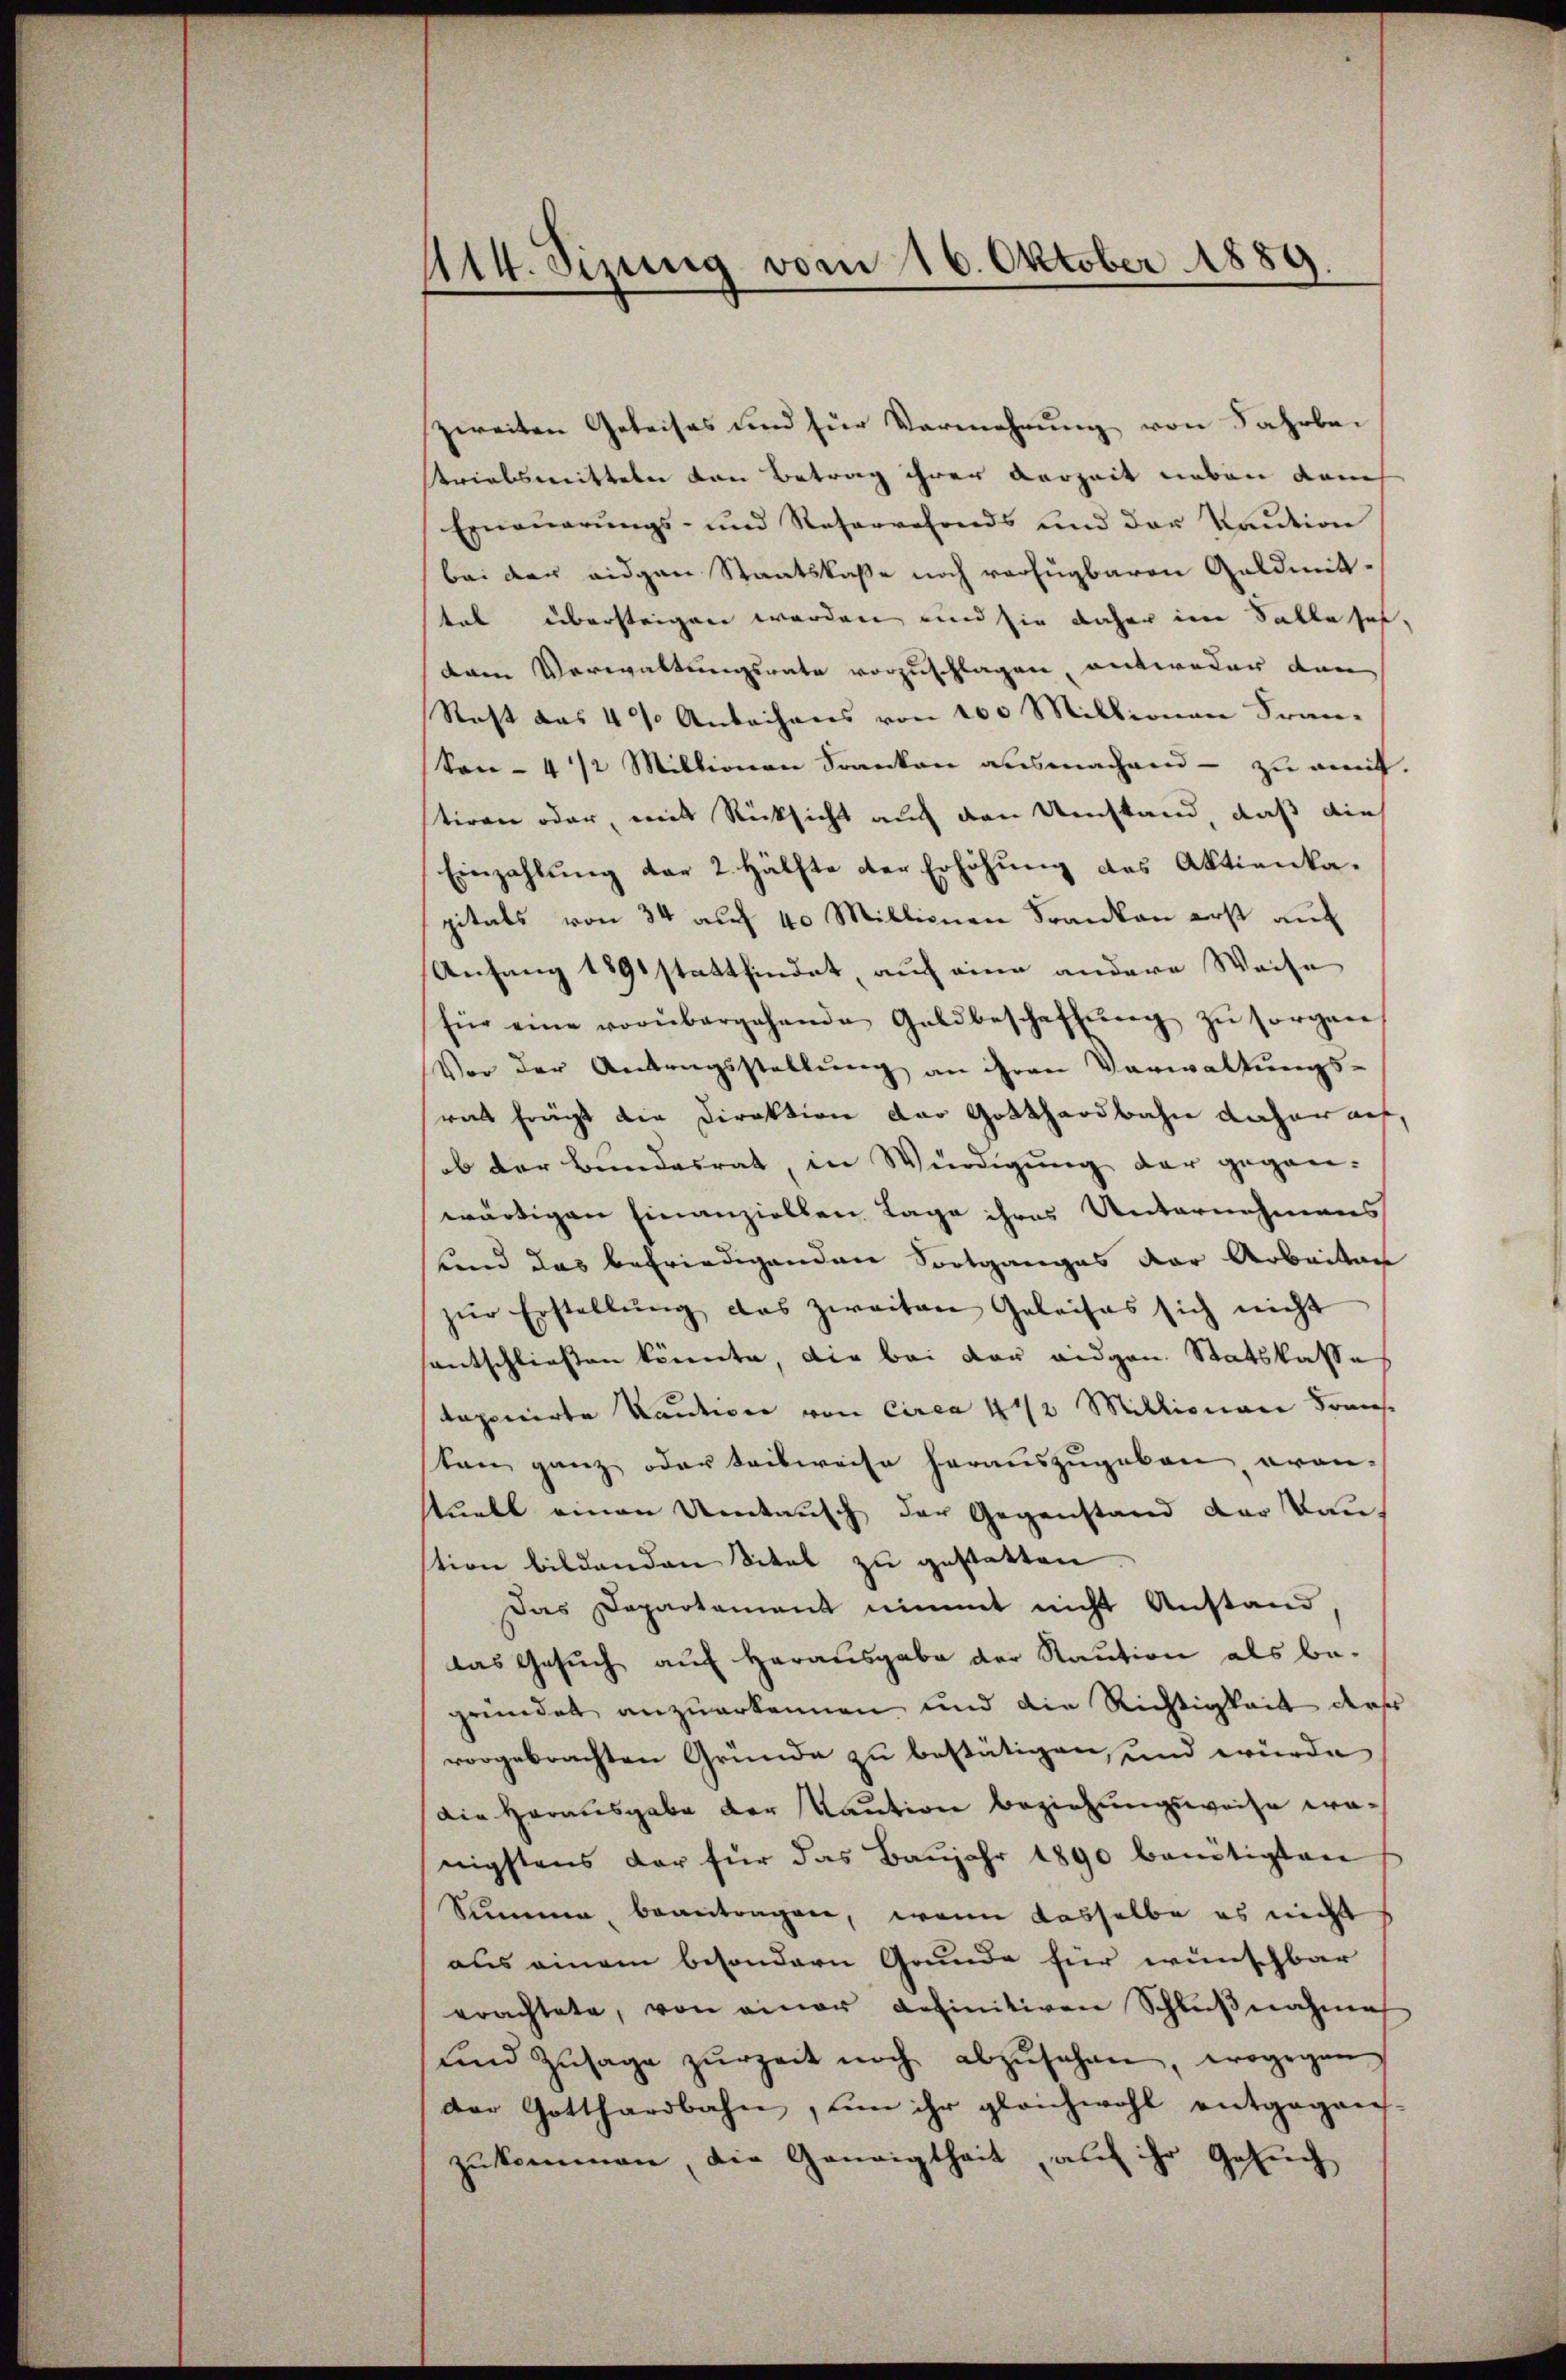
414. Sizung vom 16. Oktober 1889

zweiten Geleises und für Vermehrung von Jahrbar
triebsmitteln den Betrag ihrer Verzeit neben damit
Erneuerungs- und Reservefonds und der Kaution
bei der eidgen Staatskasse noch verfügbaren Geldmitttal übersteigen werden und sie daher im Falle sei,
Aam Verwaltungsrate vorzuschlagen, antweder den
Rast das 4% Anbachens von 100 Millionen Fran-
Son- 4 1/2 Millionen Franken ausmachend - zu amit.
stiren oder, mit Rücksicht auch den Umstand, daß die
Einzahlung der 2. Hälfte der Erhöhung des Aktienkapitals von 34 auf 40 Millionen Franken erst auf
Anfang 1891 stattfindet, auf eine andere Weise
für eine vorübergehende Geldbeschaffŭng zŭ sorgen
Vor der Antragsstellŭng an ihren Verwaltŭngs-
res frägt die Direktion der Gotthardbahn daher auf,
ob der Bundesrat, in Würdigung der gegen-
wärtigen Einanziellen Lage ihres Unternehmens
unnd das befriedigenden Fortganges der Arbeiten
zŭr Erstellŭng das zweiten Geleises sich nicht
santschließen könnte, die bei der eidgen. Statskasse
taponirte Kaution von Circa 4 1/2 Millionare Frau
sten ganz oder teilweise herauszugeben, avan-
stunkt einen Umtausch der Gegenstand der Bau-
stion bildenden Titel zu gestatten
Das Departement nimmt nicht Anstand
das Gesŭch aŭf herausgabe der Kaution als be-
gründet anzuerkennen und die Richtigkeit dieses
vorgebrachten Gründe zu bestätigen, und würde
Die Herausgabe der Kaution beziehungsweise wenigstens der für das Baŭjahr 1890 benötigten
Summe, beantragen, wenn dasselbe es nicht
aus einem besondern Grunde für wünschbar
erachtete, von einer definitiven Schlŭβnahme
und Zŭsage zŭr Zeit noch abzŭsehen, wogegen
der Gotthardbahn, um ihr gleichwohl entgegens-
zukommen, die Geneigtheit, auf ihr Gesuch